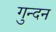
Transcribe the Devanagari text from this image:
गुन्दन